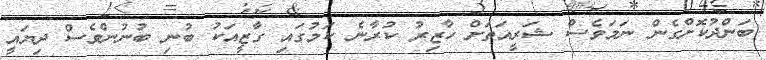
ބަންދުކޮށްގެން ނަމަވެސް ޝަރީއަތަށް ހާޒިރު ކުރާނެ ކަމުގައި ގާޒީއަކު ބުނި ބުނުންވެސް ދިޔައީ